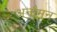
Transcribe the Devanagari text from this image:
अनौमन्